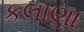
કલાણા